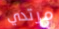
مرتدي